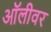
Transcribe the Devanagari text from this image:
ऑलीवर